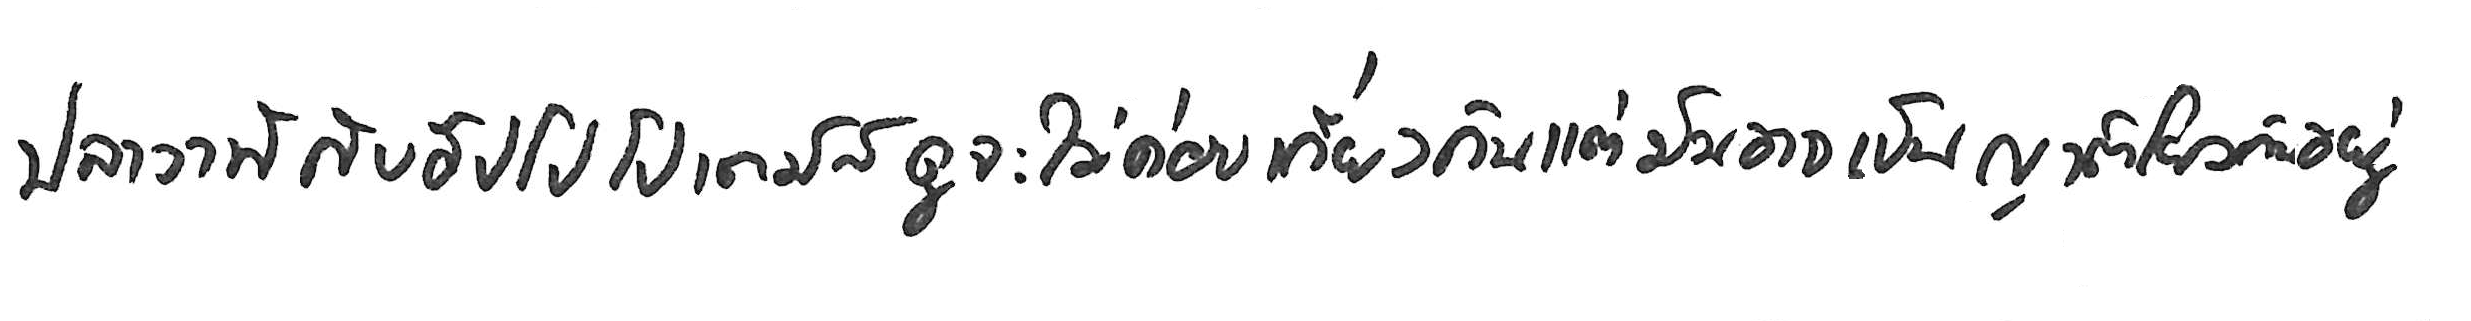
ปลาวาฬ กับ ฮิปโปโปเตมัส ดูจะไม่ค่อยเกี่ยวกัน แต่มันอาจเป็นญาติโยมกันอยู่